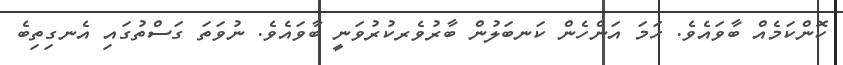
ކޮންކަމެއް ބާވައެވެ. ހަމަ އަންހެން ކަނބަލުން ބާރުވެރކުރުވަނީ ބާވައެވެ. ނުވަތަ ގަސްތުގައި އެނގިތިބެ